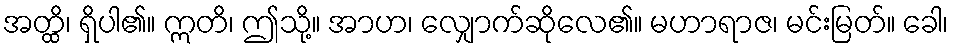
အတ္ထိ၊ ရှိပါ၏။ ဣတိ၊ ဤသို့။ အာဟ၊ လျှောက်ဆိုလေ၏။ မဟာရာဇ၊ မင်းမြတ်။ ခေါ၊